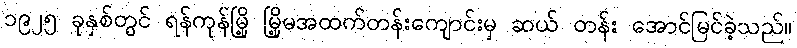
၁၉၂၅ ခုနှစ်တွင် ရန်ကုန်မြို့ မြို့မအထက်တန်းကျောင်းမှ ဆယ် တန်း အောင်မြင်ခဲ့သည်။